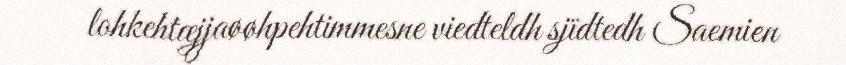
lohkehtæjjaøøhpehtimmesne viedteldh sjïdtedh Saemien